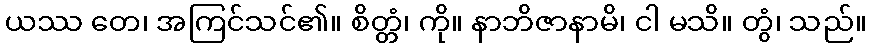
ယဿ တေ၊ အကြင်သင်၏။ စိတ္တံ၊ ကို။ နာဘိဇာနာမိ၊ ငါ မသိ။ တွံ၊ သည်။